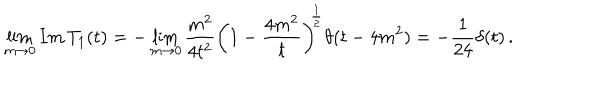
LaTeX: \lim _ { m \rightarrow 0 } I m \, T _ { 1 } ( t ) = - \lim _ { m \rightarrow 0 } \frac { m ^ { 2 } } { 4 t ^ { 2 } } \left( 1 - \frac { 4 m ^ { 2 } } { t } \right) ^ { \frac { 1 } { 2 } } \theta ( t - 4 m ^ { 2 } ) = - \frac { 1 } { 2 4 } \delta ( t ) \, .